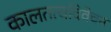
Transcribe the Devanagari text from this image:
कालतत्वविवेचन